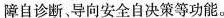
障自诊断，导向安全自决策等功能.